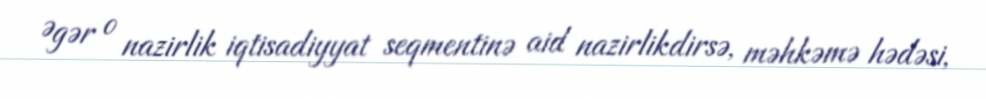
Əgər o nazirlik iqtisadiyyat seqmentinə aid nazirlikdirsə, məhkəmə hədəsi,